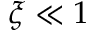
\xi \ll 1